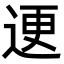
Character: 䢚